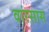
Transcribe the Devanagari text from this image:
वारसास